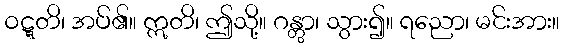
ဝဋ္ဋတိ၊ အပ်၏။ ဣတိ၊ ဤသို့။ ဂန္တွာ၊ သွား၍။ ရညော၊ မင်းအား။